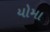
યોમા